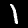
Digit: 1